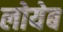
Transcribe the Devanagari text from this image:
लोयेब